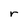
Character: r